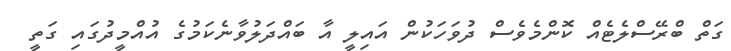
ގަތް ބްރޭސްލެޓެއް ކޮންމެވެސް ދުވަހަކުން އައިލީ އާ ބައްދަލުވާނެކަމުގެ އުއްމީދުގައި ގަތީ